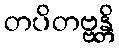
တပိတဗ္ဗန္တိ